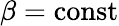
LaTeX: \beta=\mathrm{const}